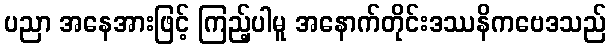
ပညာ အနေအားဖြင့် ကြည့်ပါမူ အနောက်တိုင်းဒဿနိကဗေဒသည်